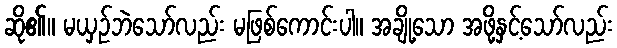
ဆို၏။ မယှဉ်ဘဲသော်လည်း မဖြစ်ကောင်းပါ။ အချို့သော အဖို့နှင့်သော်လည်း